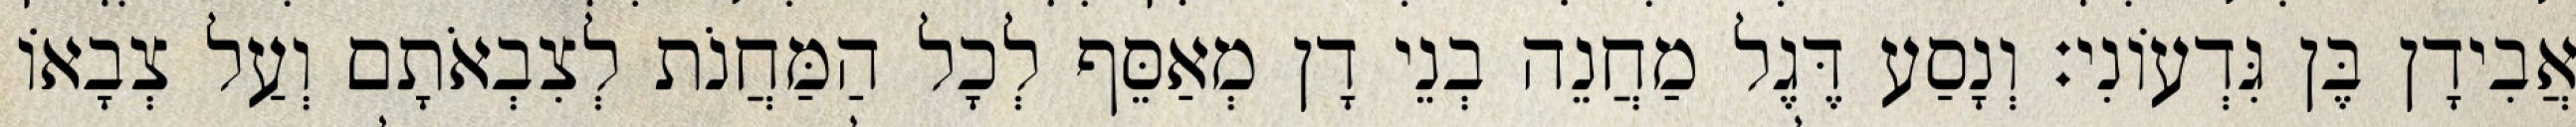
אֲבִידָן בֶּן גִּדְעוֹנִי׃ וְנָסַע דֶּגֶל מַחֲנֵה בְנֵי דָן מְאַסֵּף לְכָל הַמַּחֲנֹת לְצִבְאֹתָם וְעַל צְבָאוֹ